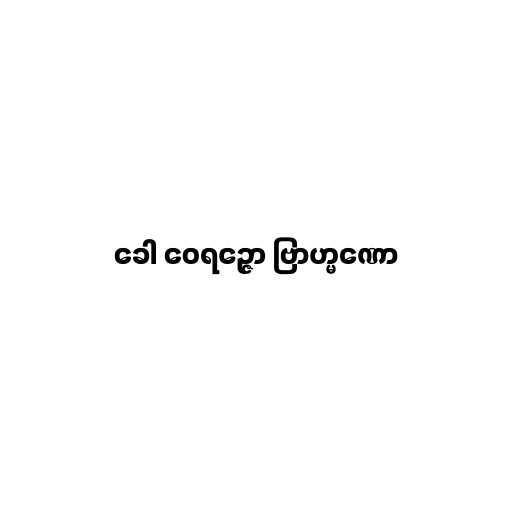
ခေါ ဝေရဉ္ဇော ဗြာဟ္မဏော